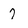
Character: 7